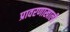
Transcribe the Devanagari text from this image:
प्रावरणाखाली